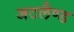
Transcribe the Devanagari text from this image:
जटलैण्ड